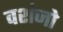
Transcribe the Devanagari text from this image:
वशंजो